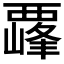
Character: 𫌛